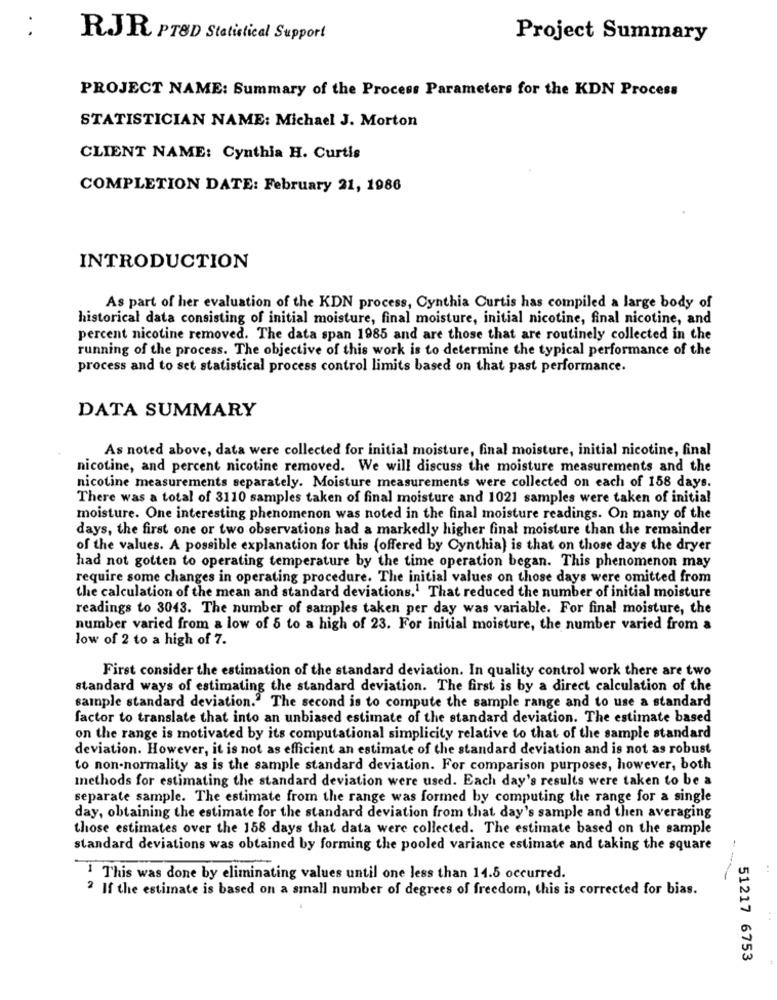
RJR PTSD Statistical Support
Project Summary
PROJECT NAME: Summary of the Process Parameters for the KDN Process
STATISTICIAN NAME: Michael J. Morton
CLIENT NAME: Cynthia H. Curtis
COMPLETION DATE: February 21, 1986
INTRODUCTION
As part of her evaluation of the KDN process, Cynthia Curtis has compiled a large body of
historical data consisting of initial moisture, final moisture, initial nicotine, final nicotine, and
percent nicotine removed. The data span 1985 and are those that are routinely collected in the
running of the process. The objective of this work is to determine the typical performance of the
process and to set statistical process control limits based on that past performance.
DATA SUMMARY
As noted above, data were collected for initial moisture, final moisture, initial nicotine, final
nicotine, and percent nicotine removed. We will discuss the moisture measurements and the
nicotine measurements separately. Moisture measurements were collected on each of 158 days.
There was a total of 3110 samples taken of final moisture and 1021 samples were taken of initial
moisture. One interesting phenomenon was noted in the final moisture readings. On many of the
days, the first one or two observations had a markedly higher final moisture than the remainder
of the values. A possible explanation for this (offered by Cynthia) is that on those days the dryer
had not gotten to operating temperature by the time operation began. This phenomenon may
require some changes in operating procedure. The initial values on those days were omitted from
the calculation of the mean and standard deviations.1 That reduced the number of initial moisture
readings to 3043. The number of samples taken per day was variable. For final moisture, the
number varied from a low of 5 to a high of 23. For initial moisture, the number varied from a
low of 2 to a high of 7.
First consider the estimation of the standard deviation. In quality control work there are two
standard ways of estimating the standard deviation. The first is by a direct calculation of the
sample standard deviation." The second is to compute the sample range and to use a standard
factor to translate that into an unbiased estimate of the standard deviation. The estimate based
on the range is motivated by its computational simplicity relative to that of the sample standard
deviation. However, it is not as efficient an estimate of the standard deviation and is not as robust
to non-normality as is the sample standard deviation. For comparison purposes, however, both
methods for estimating the standard deviation were used. Each day's results were taken to be a
separate sample. The estimate from the range was formed by computing the range for a single
day, obtaining the estimate for the standard deviation from that day's sample and then averaging
those estimates over the 158 days that data were collected. The estimate based on the sample
standard deviations was obtained by forming the pooled variance estimate and taking the square
This was done by eliminating values until one less than 14.5 occurred.
? If the estimate is based on a small number of degrees of freedom, this is corrected for bias.
51217 6753